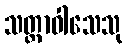
သတ္တာဝါသေသု